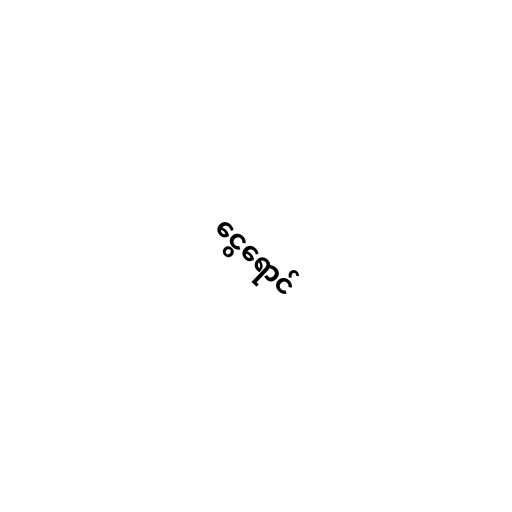
ငွေရောင်